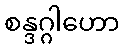
စန္ဒဂ္ဂါဟော